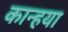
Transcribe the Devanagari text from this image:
कान्हया